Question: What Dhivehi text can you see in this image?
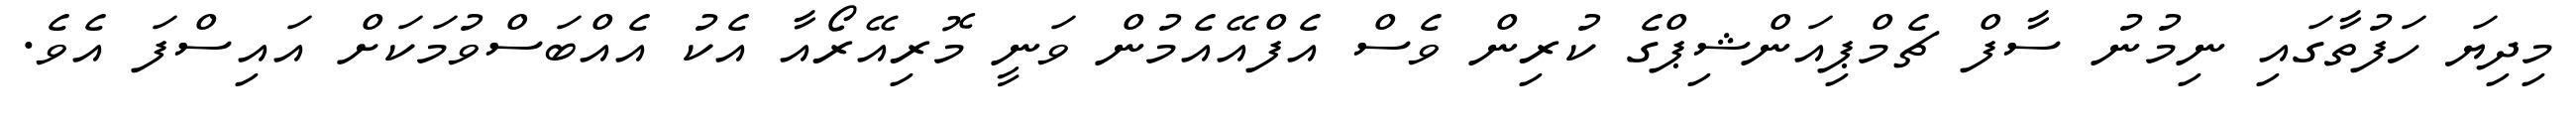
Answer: މިދިޔަ ހަފުތާގައި ނިމުނު ސާފް ޗެމްޕިއަންޝިޕްގެ ކުރިން ވެސް އެފްއޭއެމުން ވަނީ މޮރިއޭރޯއާ އެކު އެއްބަސްވުމަކަށް އައިސްފަ އެވެ.